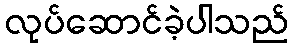
လုပ်ဆောင်ခဲ့ပါသည်